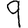
Digit: 9